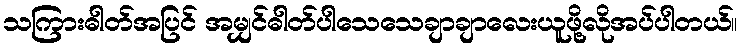
သကြားဓါတ်အပြင် အမျှင်ဓါတ်ပါသေသေချာချာလေးယူဖို့လိုအပ်ပါတယ်။